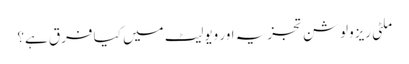
ملٹی ریزولوشن تجزیہ اور ویولیٹ میں کیا فرق ہے؟